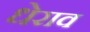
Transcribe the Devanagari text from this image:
धेराव